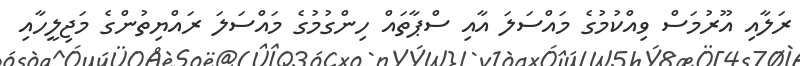
ރަލާއި އޫރުމަސް ވިއްކުމުގެ މައްސަލަ އާއި ސްޕާތައް ހިންގުމުގެ މައްސަލަ ރައްޔިތުންގެ މަޖިލީހާއި